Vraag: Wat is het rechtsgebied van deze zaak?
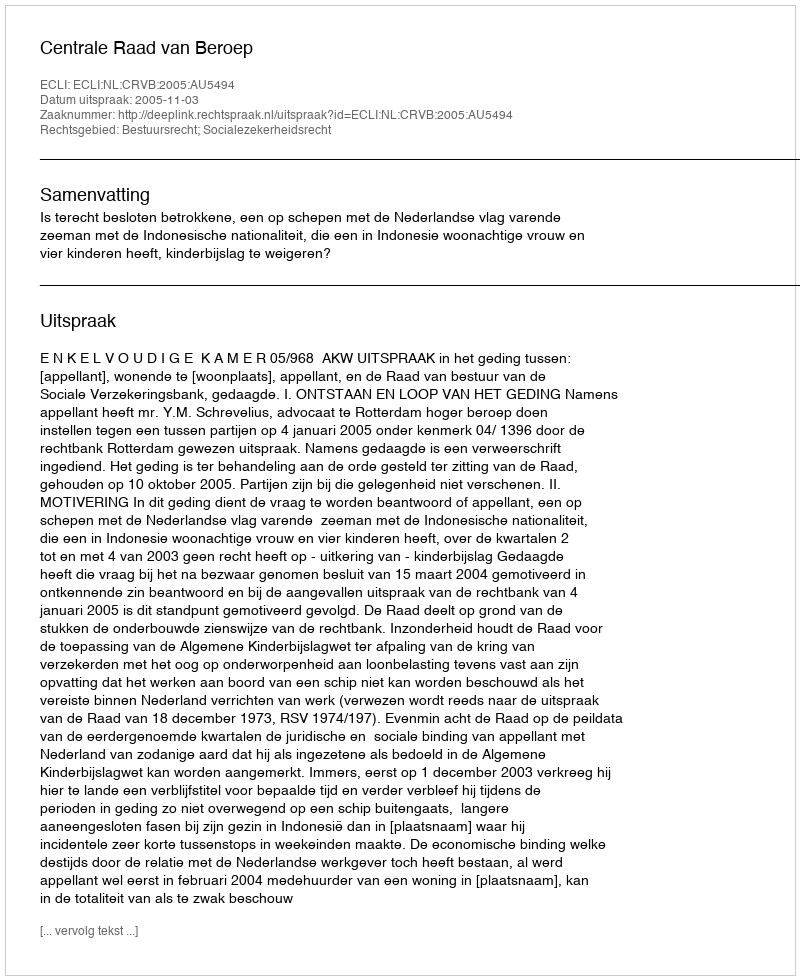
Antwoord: Bestuursrecht; Socialezekerheidsrecht